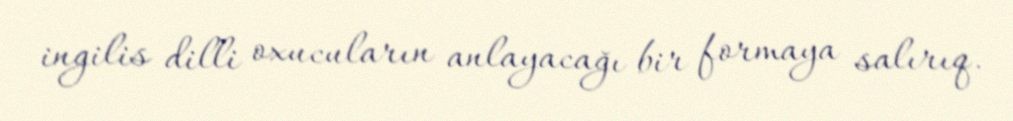
ingilis dilli oxucuların anlayacağı bir formaya salırıq.